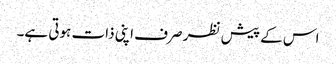
اس کے پیش نظر صرف اپنی ذات ہوتی ہے۔